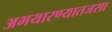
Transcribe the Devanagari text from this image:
अभयारण्यातजसा